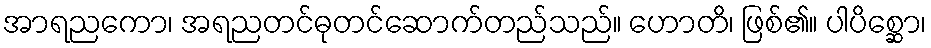
အာရညကော၊ အရညတင်ဓုတင်ဆောက်တည်သည်။ ဟောတိ၊ ဖြစ်၏။ ပါပိစ္ဆော၊